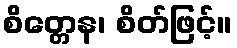
စိတ္တေန၊ စိတ်ဖြင့်။